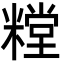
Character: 糛